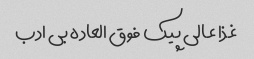
غذا عالی پیک فوق العاده بی ادب